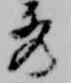
秀